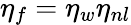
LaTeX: \eta_{f}=\eta_{w}\eta_{nl}